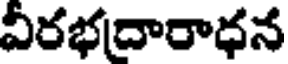
వీరభదారాధన